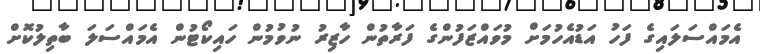
އެމައްސަލައިގެ ފަހު އަޑުއެހުމަށް މުވައްޒަފުންގެ ފަރާތުން ހާޒިރު ނުވުމުން ހައިކޯޓުން އެމައްސަލަ ބާތިލުކޮށް